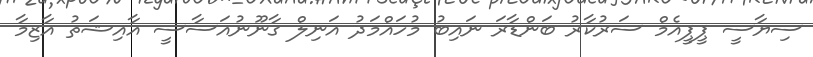
ސިޔާސީ ޕީޕީއެމް ސަރުކާރު ބަންޑާރަ ނައިބު މުހައްމަދު އަނިލް ގާނޫނުއަސާސީ އާއިޝަތު އާޒިމާ